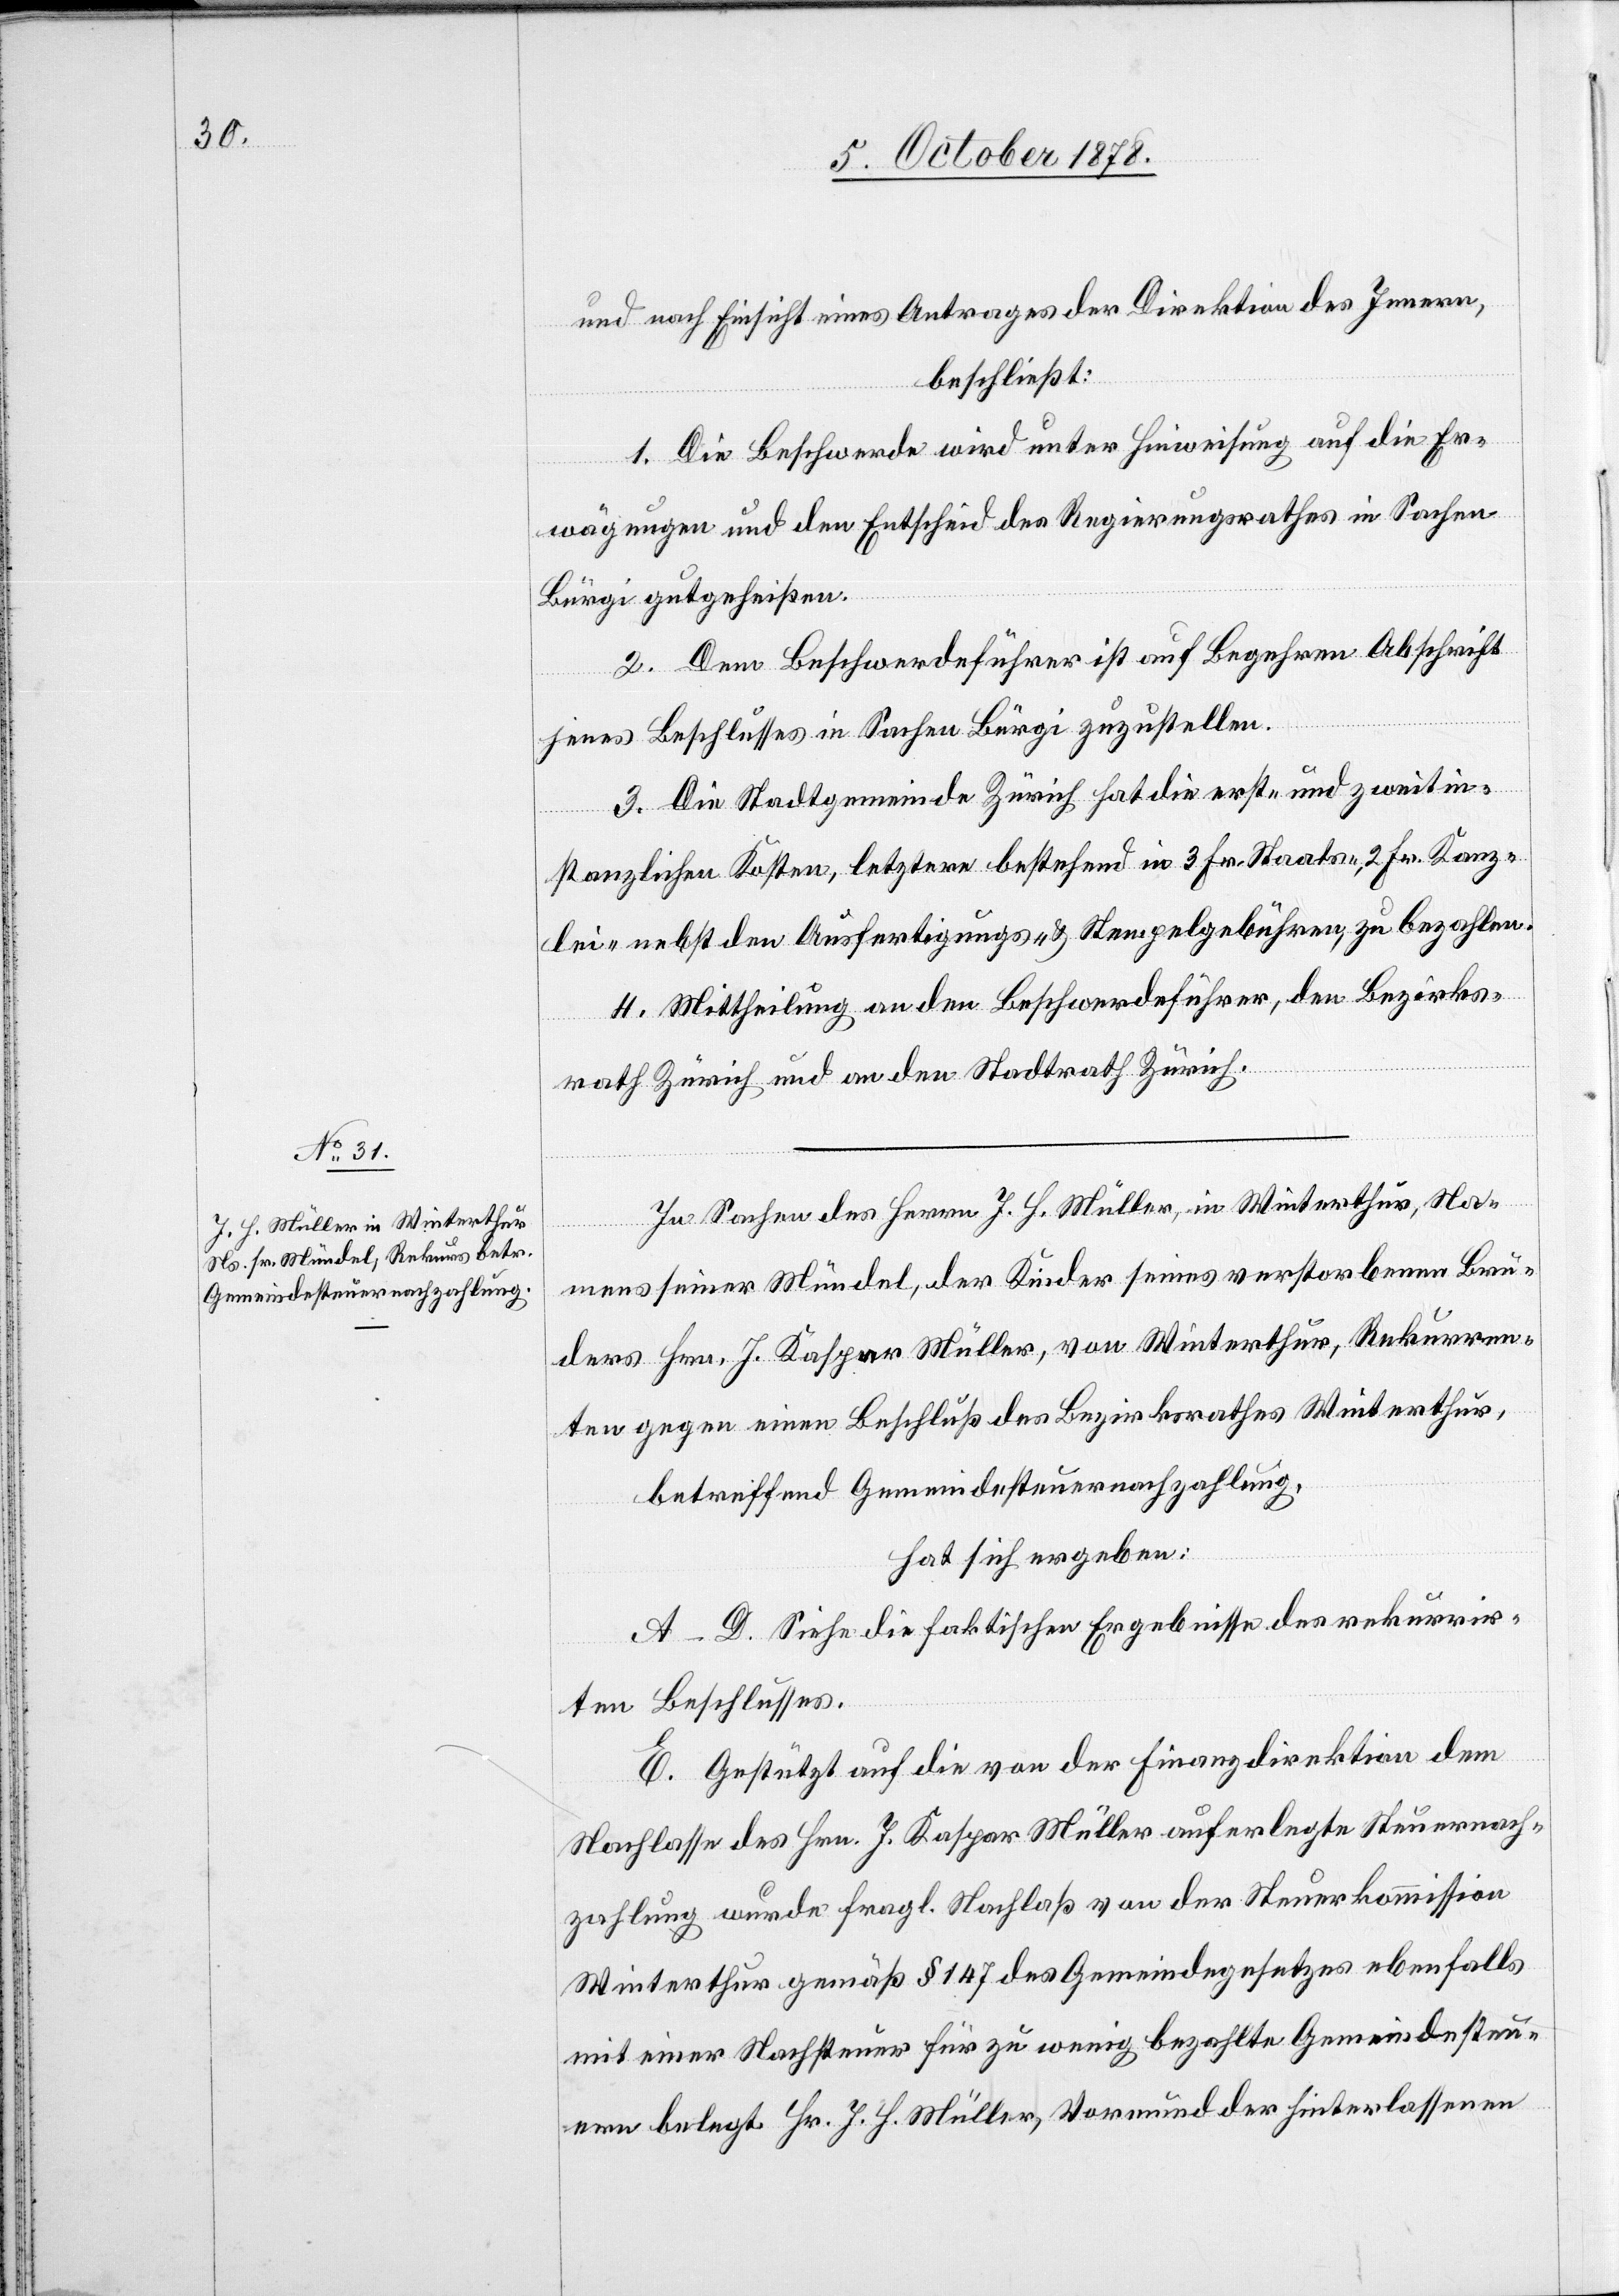
und nach Einsicht eines Antrages der Direktion des Innern,
beschließt:
1. Die Beschwerde wird unter Hinweisung auf die Er¬
wägungen und den Entscheid des Regierungsrathes in Sachen
Bürgi gutgeheißen.
2. Dem Beschwerdeführer ist auf Begehren Abschrift
jenes Beschlusses in Sachen Bürgi zuzustellen.
3. Die Stadtgemeinde Zürich hat die erst- und zweitin¬
stanzlichen Kosten, letztere bestehend in 3 Fr. Staats-, 2 Fr. Kanz¬
lei- nebst den Ausfertigungs- & Stempelgebühren, zu bezahlen.
4. Mittheilung an den Beschwerdeführer, den Bezirks¬
rath Zürich und an den Stadtrath Zürich.
In Sachen des Herrn J. H. Müller, in Winterthur, Na¬
mens seiner Mündel, der Kinder seines verstorbenen Bru¬
ders Hrn. J. Kaspar Müller, von Winterthur, Rekurren¬
ten gegen einen Beschluß des Bezirksrathes Winterthur,
betreffend Gemeindesteuernachzahlung,
hat sich ergeben:
A–D. Siehe die faktischen Ergebnisse des rekurrir¬
ten Beschlusses.
E. Gestützt auf die von der Finanzdirektion dem
Nachlasse des Hrn. J. Kaspar Müller auferlegte Steuernach¬
zahlung wurde fragl. Nachlaß von der Steuerkommission
Winterthur gemäß § 147 des Gemeindegesetzes ebenfalls
mit einer Nachsteuer für zu wenig bezahlte Gemeindesteu¬
ern belegt. Hr. J. H. Müller, Vormund der hinterlassenen